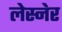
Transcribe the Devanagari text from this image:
लेस्नेर